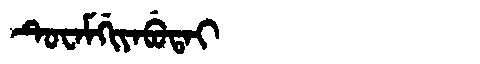
Manchu: ᡨᡠᠸᠠᠮᡤᡳᠶᠠᠪᡠᡨᠠᡳ
Romanization: TUWAMGIYABUTAI